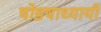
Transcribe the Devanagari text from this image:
षोडषाध्यायी